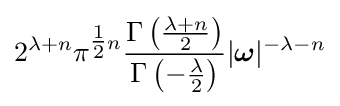
2^{\lambda +n}\pi ^{{\tfrac {1}{2}}n}{\frac {\Gamma \left({\frac {\lambda +n}{2}}\right)}{\Gamma \left(-{\frac {\lambda }{2}}\right)}}|{\boldsymbol {\omega }}|^{-\lambda -n}